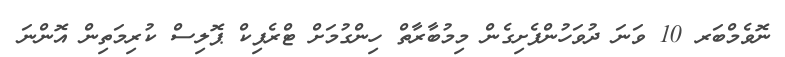
ނޮވެމްބަރ 10 ވަނަ ދުވަހުންފެށިގެން މިމުބާރާތް ހިންގުމަށް ޓްރެފިކް ޕޮލިސް ކުރިމަތިން އޮންނަ